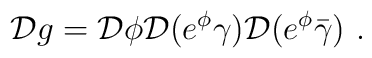
{\cal D}g =  {\cal D}\phi  {\cal D}(e^\phi\gamma)  {\cal D}(e^\phi\bar{\gamma})~.